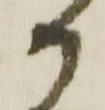
か